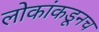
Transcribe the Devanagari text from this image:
लोकांकडूनच